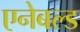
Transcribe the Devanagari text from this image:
एनेबल्ड